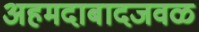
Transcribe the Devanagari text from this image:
अहमदाबादजवळ